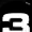
Digit: 3